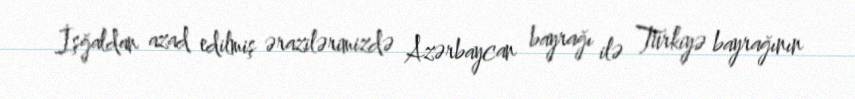
İşğaldan azad edilmiş ərazilərimizdə Azərbaycan bayrağı ilə Türkiyə bayrağının